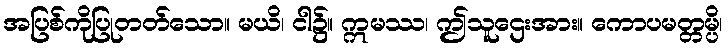
အပြစ်ကိုပြုတတ်သော။ မယိ၊ ငါ၌။ ဣမဿ၊ ဤသူဌေးအား။ ကောပမတ္တမ္ပိ၊